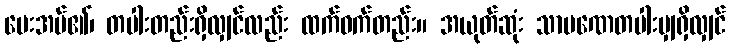
ပေးအပ်၏၊ တပါးတည်းရှိလျှင်လည်း ထက်ဝက်တည်း။ အယုတ်ဆုံး သာမဏေတပါးမျှရှိလျှင်